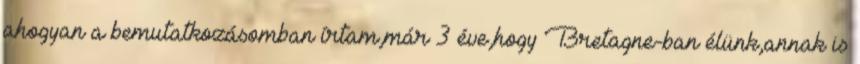
ahogyan a bemutatkozásomban írtam,már 3 éve,hogy Bretagne-ban élünk,annak is